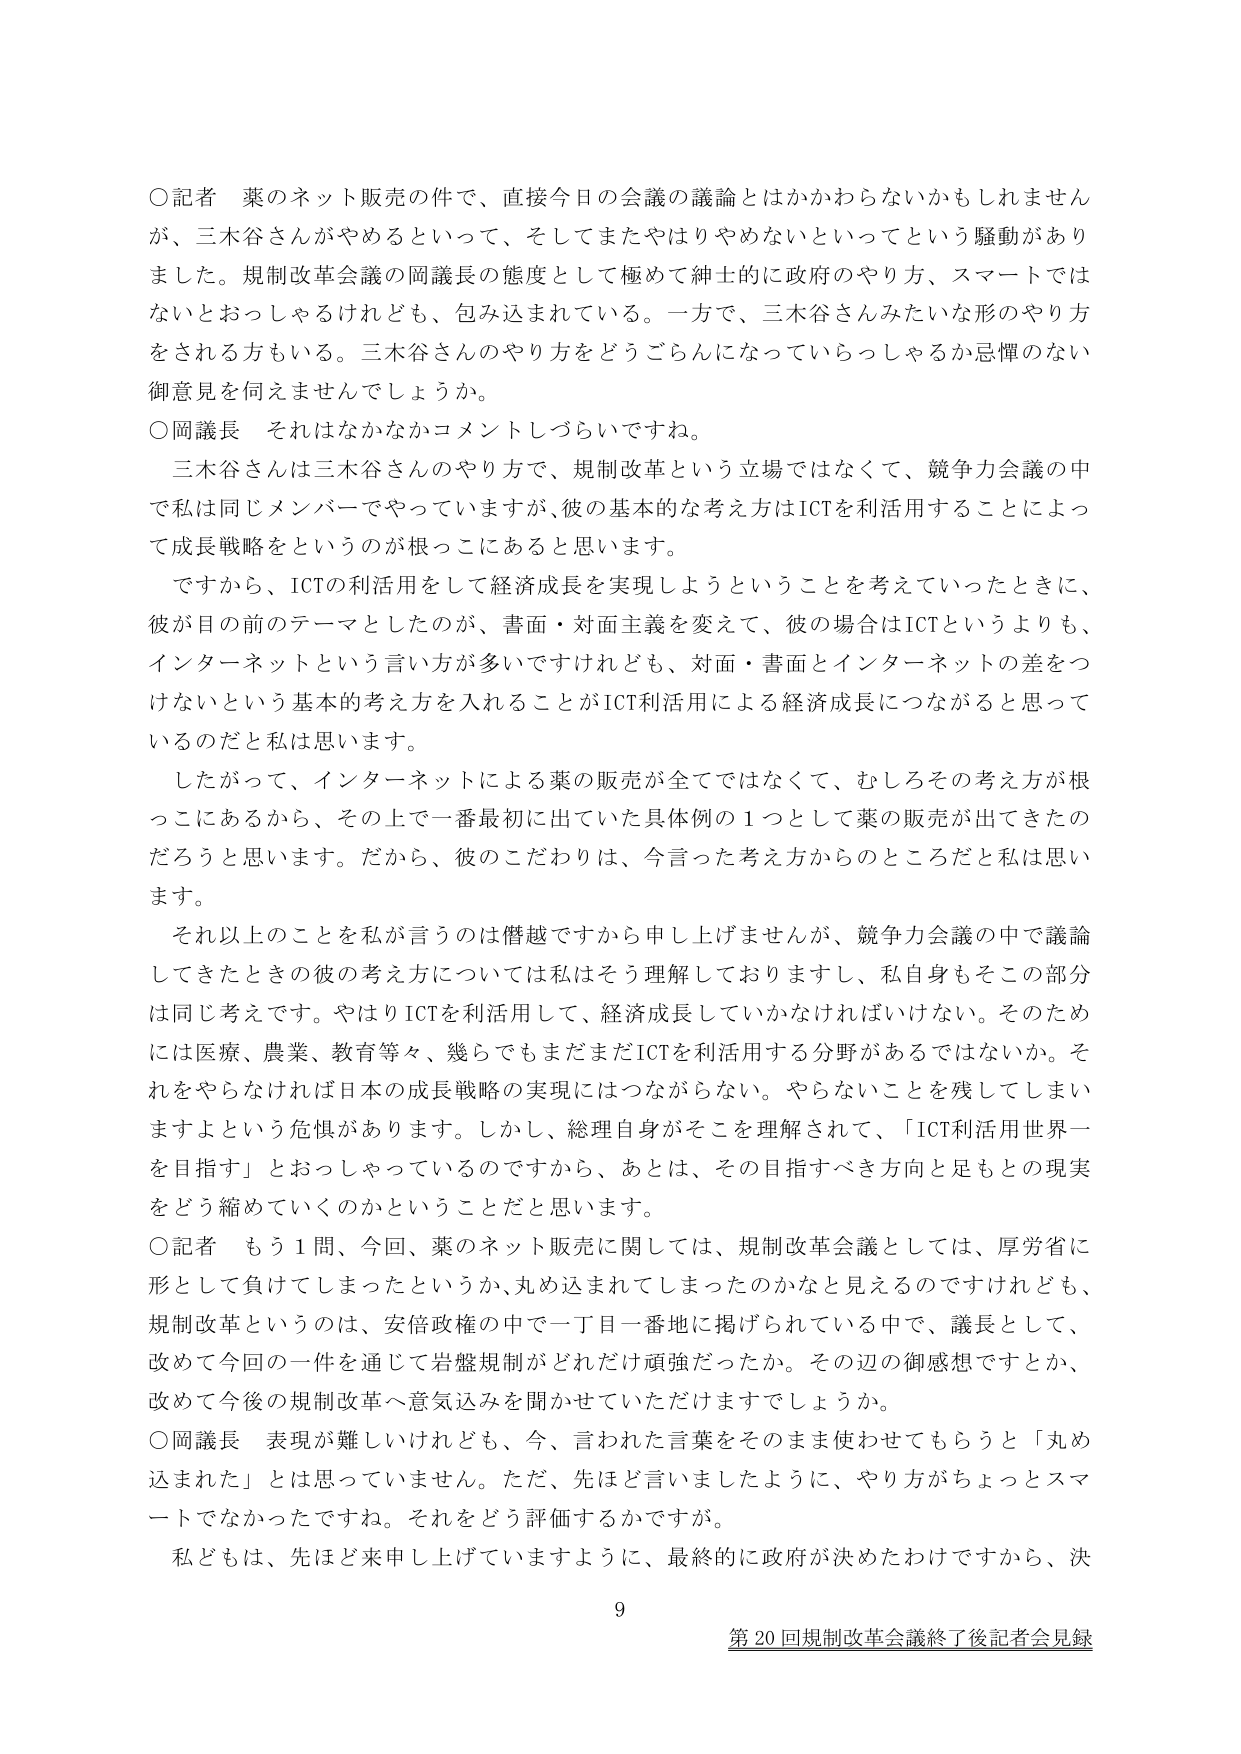
○記者 薬のネット販売の件で、直接今日の会議の議論とはかかわらないかもしれません が、三木谷さんがやめるといって、そしてまたやはりやめないといってという騒動があり ました。規制改革会議の岡議長の態度として極めて紳士的に政府のやり方、スマートでは ないとおっしゃるけれども、包み込まれている。一方で、三木谷さんみたいな形のやり方 をされる方もいる。三木谷さんのやり方をどうごらんになっていらっしゃるか忌憚のない 御意見を伺えませんでしょうか。

○岡議長 それはなかなかコメントしづらいですね。

三木谷さんは三木谷さんのやり方で、規制改革という立場ではなくて、競争力会議の中 で私は同じメンバーでやっていますが、彼の基本的な考え方はICTを利活用することによっ て成長戦略をというのが根っこにあると思います。

ですから、ICTの利活用をして経済成長を実現しようということを考えていったときに、 彼が目の前のテーマとしたのが、書面・対面主義を変えて、彼の場合はICTというよりも、 インターネットという言い方が多いですけれども、対面・書面とインターネットの差をつ けないという基本的考え方を入れることがICT利活用による経済成長につながると思って いるのだと私は思います。

したがって、インターネットによる薬の販売が全てではなくて、むしろその考え方が根 っこにあるから、その上で一番最初に出ていた具体例の１つとして薬の販売が出てきたの だろうと思います。だから、彼のこだわりは、今言った考え方からのところだと私は思い ます。

それ以上のことを私が言うのは僭越ですから申し上げませんが、競争力会議の中で議論 してきたときの彼の考え方については私はそう理解しておりますし、私自身もその部分 は同じ考えです。やはりICTを利活用して、経済成長していかなければならない。そのため には医療、農業、教育等々、幾らでもまだまだICTを利活用する分野があるではないか。そ れをやらなければ日本の成長戦略の実現にはつながらない。やらないことを残してしまい ますよという危惧があります。しかし、総理自身がそこを理解されて、「ICT利活用世界一 を目指す」とおっしゃっているのですから、あとは、その目指すべき方向と足もとの現実 をどう縮めていくのかということだと思います。

○記者 もう１問、今回、薬のネット販売に関しては、規制改革会議としては、厚労省に 形として負れてしまったというか、丸め込まれてしまったのかなと見えるのですけれども、 規制改革というのは、安倍政権の中で一丁目一番地に掲げられている中で、議長として、 改めて今回の一件を通じて岩盤規制がどれだけ頑強だったか。その辺の御感想ですか、 改めて今後の規制改革へ意気込みを聞かせていただけますでしょうか。

○岡議長 表現が難しいけれども、今、言われた言葉をそのまま使わせてもらうと「丸め 込まれた」とは思っていません。ただ、先ほど言いましたように、やり方がちょっとスマ ートでなかったですね。それをどう評価するかですが。

私どもは、先ほど来申し上げていますように、最終的に政府が決めたわけですから、決

9

第20回規制改革会議終了後記者会見録